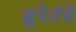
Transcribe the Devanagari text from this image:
सुपेर्तचे